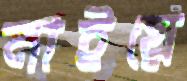
নাইয়ে